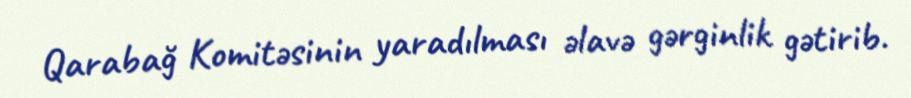
Qarabağ Komitəsinin yaradılması əlavə gərginlik gətirib.